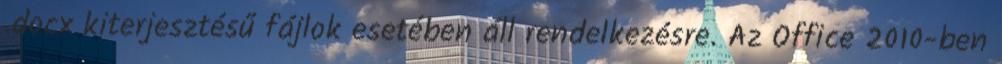
.docx kiterjesztésű fájlok esetében áll rendelkezésre. Az Office 2010-ben